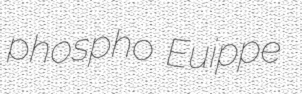
phospho Euippe